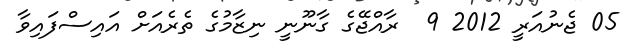
05 ޖެނުއަރީ 2012 9  ރާއްޖޭގެ ގާނޫނީ ނިޒާމުގެ ތެރެއަށް އައިސްފައިވާ